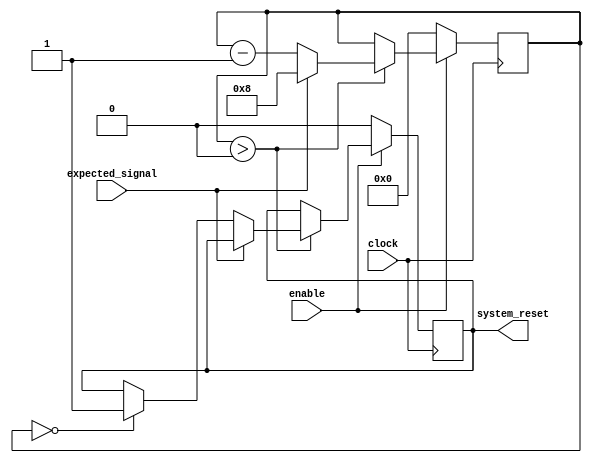
module Watchdog_timer (
    input wire clock,
    input wire enable,
    input wire expected_signal,
    output reg system_reset
);

parameter PRESET_VALUE = 8; // Preset value for the counter

reg [3:0] counter; // 4-bit counter

always @ (posedge clock) begin
    if (enable) begin
        if (counter > 0) begin
            if (expected_signal) begin
                counter <= PRESET_VALUE;
            end else begin
                counter <= counter - 1;
                if (counter == 0) begin
                    system_reset <= 1;
                end
            end
        end
    end else begin
        counter <= 0;
        system_reset <= 0;
    end
end

endmodule